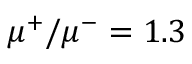
\mu ^ { + } / \mu ^ { - } = 1 . 3